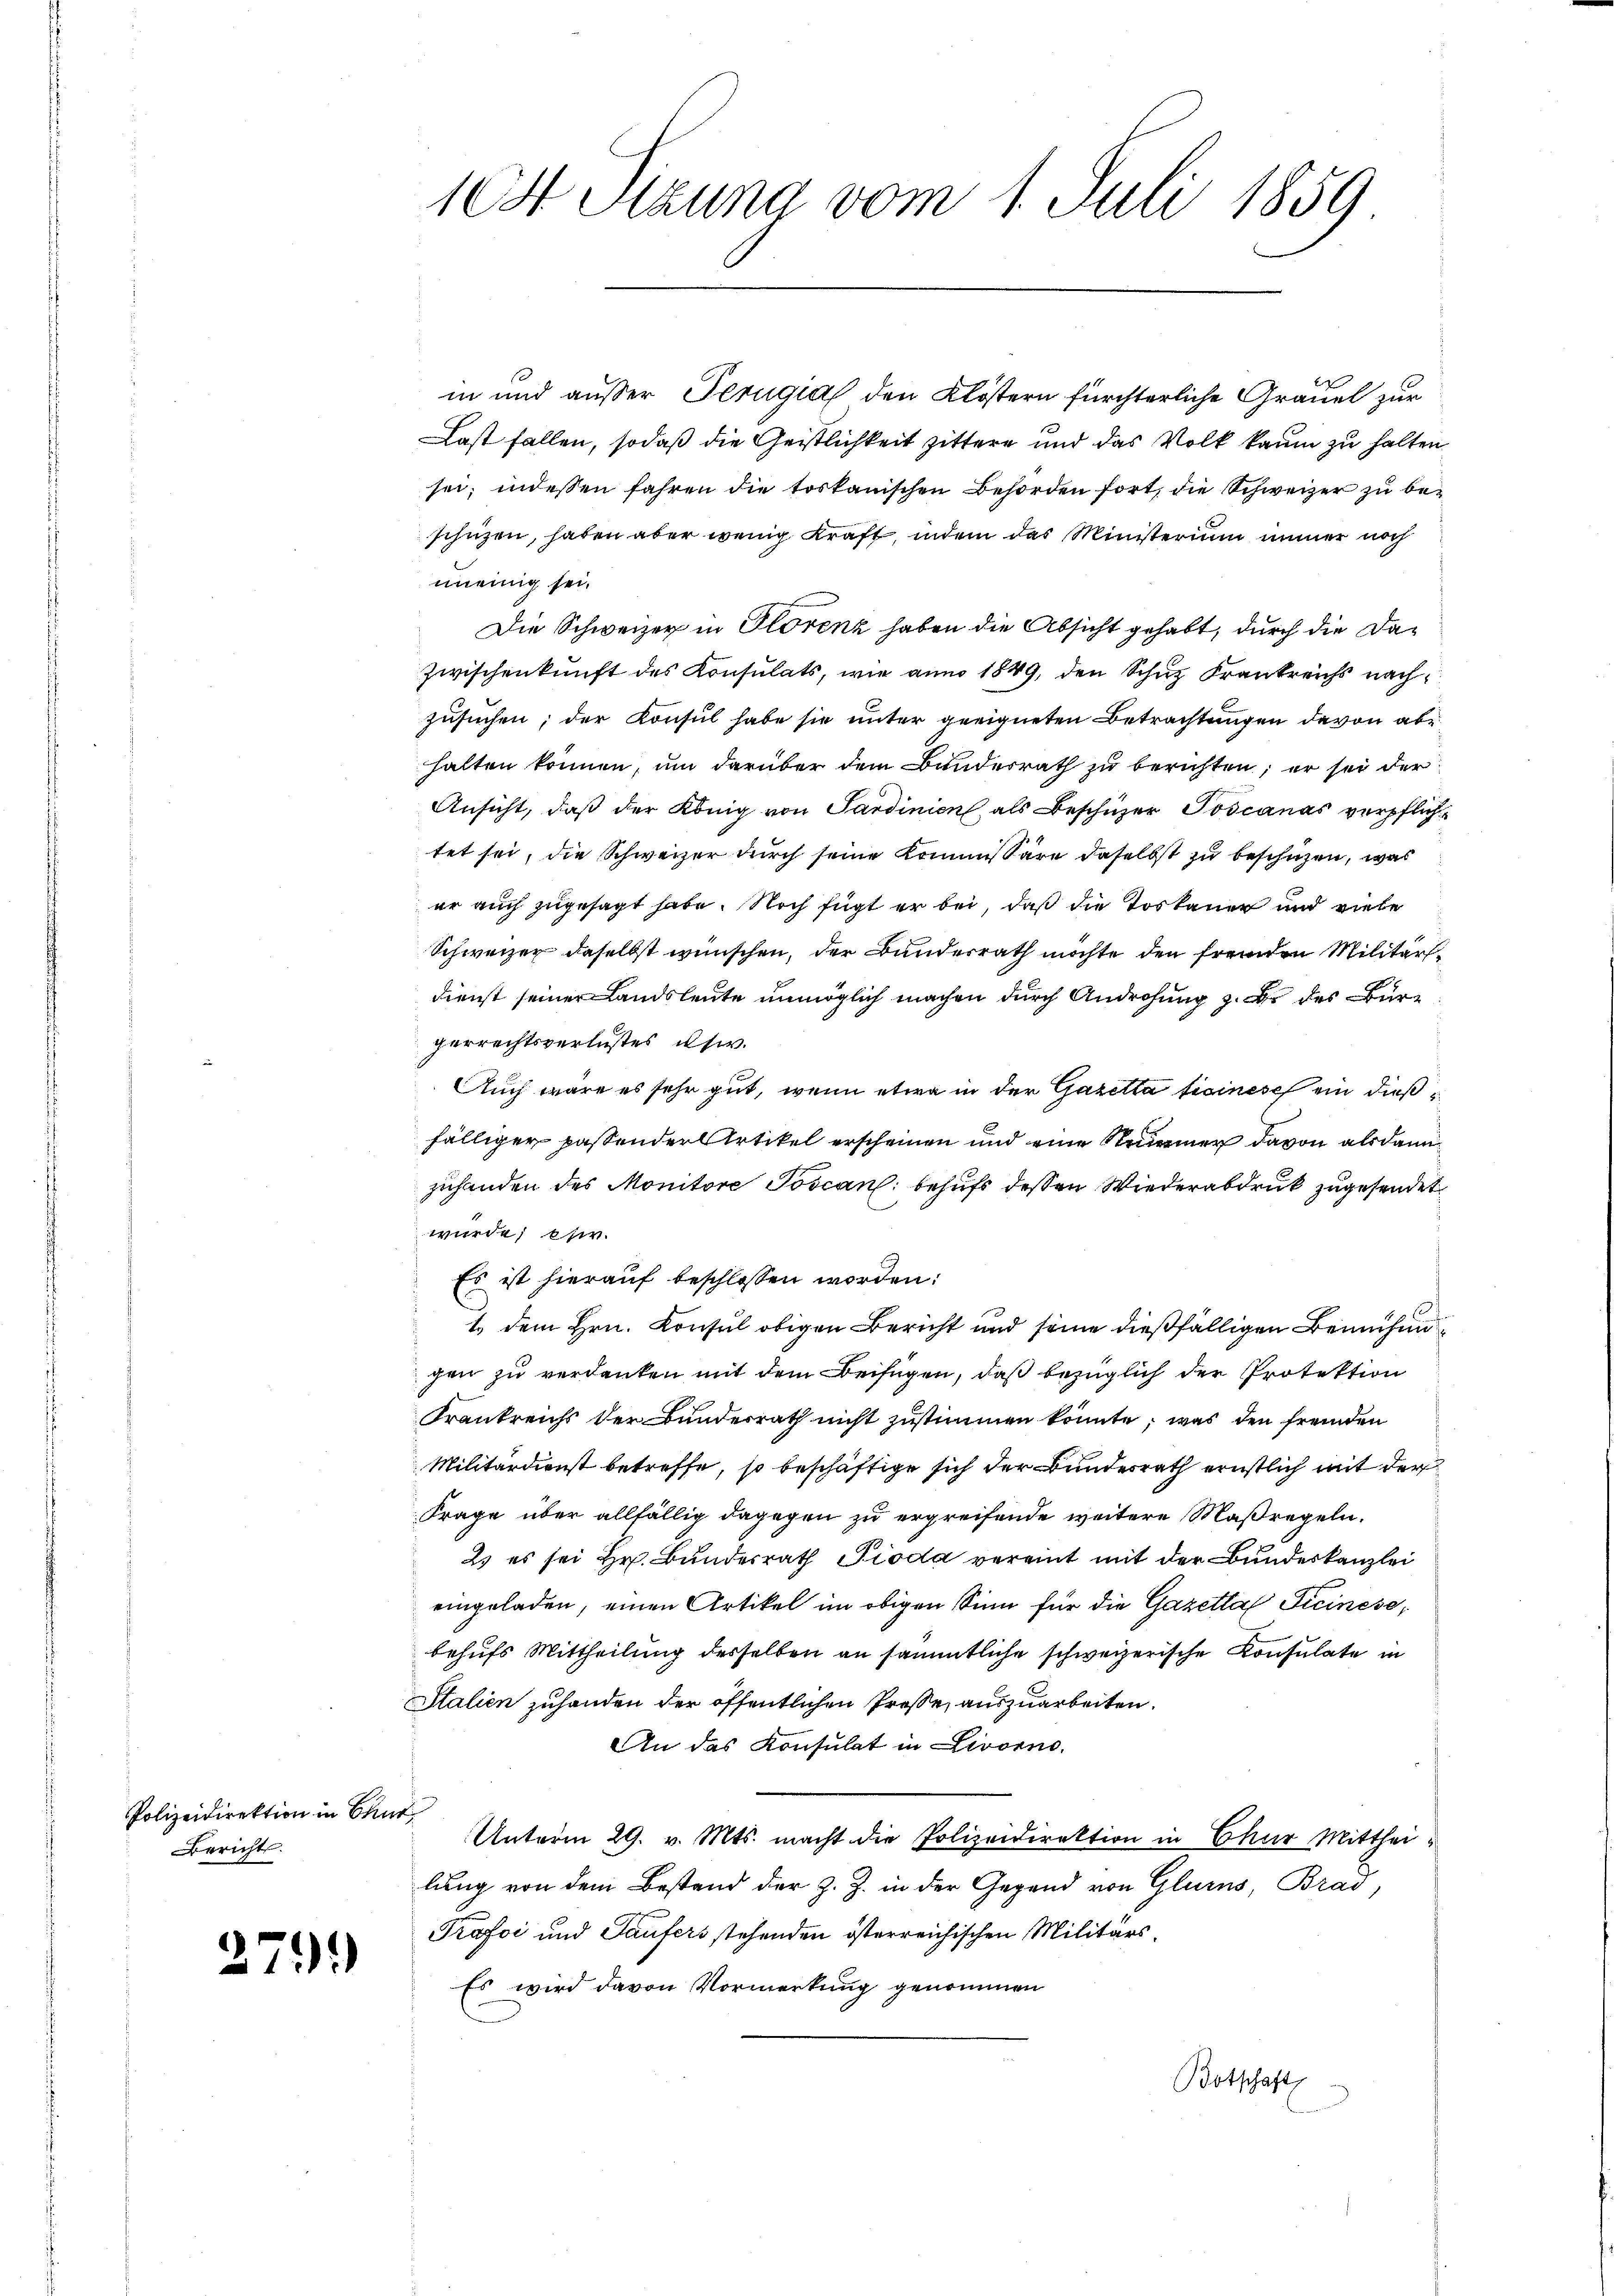
Polizeidirektion in Chud
Bericht.

2791)

104 Pizuna vom 1. Juli 1859.

in und außer Terugia den Klöstern fürchterliche Gräuel zur
Last fallen, sodaß die Geistlichkeit zittere und das Volk kaum zu halten
sei, indessen fahren die toskanischen Behörden fort, die Schweizer zu beschützen, haben aber wenig Kraft, indem das Ministerium immer noch
meinig sei.
Die Schweizer in Florenz haben die Absicht gehabt, durch die Da¬
Zwischenkunft des Konsulats, wie anno 1849, den Schuz Krankreichs nachzusuchen; der Konsul habe sie unter geeigneten Betrachtungen davon abe
halten können, um darüber dem Bunderrath zu berichten; er sei der
Ansicht, daß der König von Sardinien, als Beschüzer Toscanas verpflich
tet sei, die Schweizer durch seine Kommissäre daselbst zu beschichen, was
er auch zugesagt habe. Noch fügt er bei, daß die Toskauer und viele
Schweizer daselbst wünschen, der Bundesrath möchte den fremden Militärdienst seiner Landsleute unmöglich machen durch Androhung z. B. des Bürperrechtsverlustes iser.
Auch wäre es sehr gut, wenn etwa in der Gazetta fisinese ein dießfälliger passender Artikel erscheinen und eine Raumer davon als dann
zuhanden des Monitore Poscan: behufs dessen Wiederabdruck zugesendet
wurde; ehw.
Es ist hierauf beschlossen worden:
1. dem Hrn. Konsul obigen Bericht und seine dießfälligen Bemühungen zu verdanken mit dem Beifügen, daß bezüglich der Protektion
Frankreichs der Bundesrath nicht zustimmen könnte; was den fremden
Militärdienst betreffe, so beschäftige sich der Bundesrath ernstlich mit der
Frage über allfällig dagegen zu ergreifende weitere Maßregeln.
2s es sei Hr. Bundesrath Pioda vereint mit der Bundeskanzlei
eingeladen, einen Artikel im obigen Sinn für die Gazetta Ticinese,
behufs Mittheilung desselben an sämmtliche schweizerische Konsulate in
Italien zuhanden der öffentlichen Prose, auszuarbeiten.
An das Konsulat in Livorno.
Unterm 29. v. Mts. macht die Polizeidirektion in Chur Mittheilung von dem Bestand der z. Z. in der Gegend von Glarus, Brad,
Prafoi und Taufers stehenden österreichischen Militärs.
Es wird davon Vormerkung genommen
Botschaft